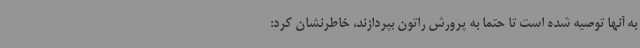
به آنها توصیه شده است تا حتما به پرورش راتون بپردازند، خاطرنشان کرد: